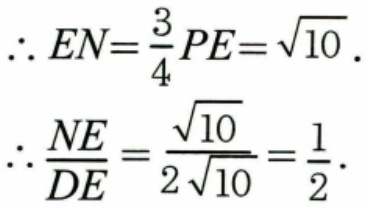
$\begin{align*}
\therefore EN&=\frac{3}{4}PE = \sqrt{10}.\\
\therefore\frac{NE}{DE}&=\frac{\sqrt{10}}{2\sqrt{10}}=\frac{1}{2}.
\end{align*}$